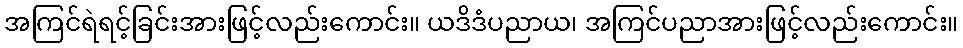
အကြင်ရဲရင့်ခြင်းအားဖြင့်လည်းကောင်း။ ယဒိဒံပညာယ၊ အကြင်ပညာအားဖြင့်လည်းကောင်း။